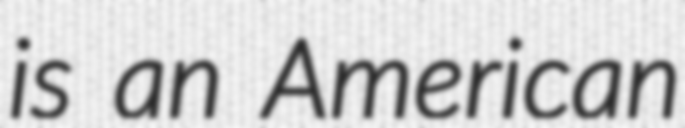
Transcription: is an American